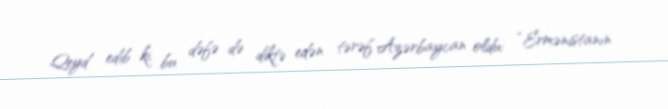
Qeyd edib ki, bu dəfə də diktə edən tərəf Azərbaycan oldu: “Ermənistanın